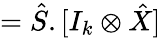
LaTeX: =\hat{S}.[I_{k}\otimes\hat{X}]